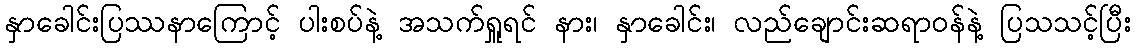
နှာခေါင်းပြဿနာကြောင့် ပါးစပ်နဲ့ အသက်ရှူရင် နား၊ နှာခေါင်း၊ လည်ချောင်းဆရာဝန်နဲ့ ပြသသင့်ပြီး